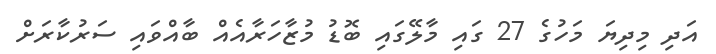
އަދި މިދިޔަ މަހުގެ 27 ގައި މާލޭގައި ބޮޑު މުޒާހަރާއެއް ބާއްވައި ސަރުކާރަށް